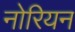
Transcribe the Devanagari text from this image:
नोरियन